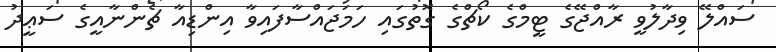
ސައްލޭ ވިދާލުވީ ރާއްޖޭގެ ޓީމްގެ ކޯޗްގެ ގޮތުގައި ހަމަޖައްސާފައިވާ އިންޑިއާ ޗެންނާއީގެ ސަޢީދު